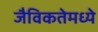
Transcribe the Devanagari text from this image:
जैविकतेमध्ये